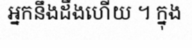
អ្នកនឹងដឹងហើយ ។ ក្នុង